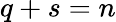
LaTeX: q+s=n